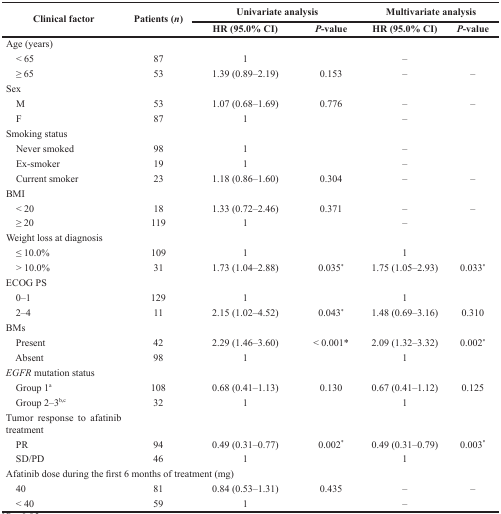
<table><thead><tr><td rowspan="2"><b>Clinical factor</b></td><td rowspan="2"><b>Patients (<i>n</i>)</b></td><td colspan="2"><b>Univariate analysis</b></td><td colspan="2"><b>Multivariate analysis</b></td></tr><tr><td><b>HR (95.0% CI)</b></td><td><b><i>P</i>-value</b></td><td><b>HR (95.0% CI)</b></td><td><b><i>P</i>-value</b></td></tr></thead><tbody><tr><td>Age (years)</td><td></td><td></td><td></td><td></td><td></td></tr><tr><td> &lt; 65</td><td>87</td><td>1</td><td></td><td>–</td><td></td></tr><tr><td> ≥ 65</td><td>53</td><td>1.39 (0.89–2.19)</td><td>0.153</td><td>–</td><td>–</td></tr><tr><td>Sex</td><td></td><td></td><td></td><td></td><td></td></tr><tr><td> M</td><td>53</td><td>1.07 (0.68–1.69)</td><td>0.776</td><td>–</td><td>–</td></tr><tr><td> F</td><td>87</td><td>1</td><td></td><td>–</td><td></td></tr><tr><td>Smoking status</td><td></td><td></td><td></td><td></td><td></td></tr><tr><td> Never smoked</td><td>98</td><td>1</td><td></td><td>–</td><td></td></tr><tr><td> Ex-smoker</td><td>19</td><td>1</td><td></td><td>–</td><td></td></tr><tr><td> Current smoker</td><td>23</td><td>1.18 (0.86–1.60)</td><td>0.304</td><td>–</td><td>–</td></tr><tr><td>BMI</td><td></td><td></td><td></td><td></td><td></td></tr><tr><td> &lt; 20</td><td>18</td><td>1.33 (0.72–2.46)</td><td>0.371</td><td>–</td><td>–</td></tr><tr><td> ≥ 20</td><td>119</td><td>1</td><td></td><td>–</td><td></td></tr><tr><td>Weight loss at diagnosis</td><td></td><td></td><td></td><td></td><td></td></tr><tr><td> ≤ 10.0%</td><td>109</td><td>1</td><td></td><td>1</td><td></td></tr><tr><td> &gt; 10.0%</td><td>31</td><td>1.73 (1.04–2.88)</td><td>0.035<sup>*</sup></td><td>1.75 (1.05–2.93)</td><td>0.033<sup>*</sup></td></tr><tr><td>ECOG PS</td><td></td><td></td><td></td><td></td><td></td></tr><tr><td> 0–1</td><td>129</td><td>1</td><td></td><td>1</td><td></td></tr><tr><td> 2–4</td><td>11</td><td>2.15 (1.02–4.52)</td><td>0.043<sup>*</sup></td><td>1.48 (0.69–3.16)</td><td>0.310</td></tr><tr><td>BMs</td><td></td><td></td><td></td><td></td><td></td></tr><tr><td> Present</td><td>42</td><td>2.29 (1.46–3.60)</td><td>&lt; 0.001<sup>*</sup></td><td>2.09 (1.32–3.32)</td><td>0.002<sup>*</sup></td></tr><tr><td> Absent</td><td>98</td><td>1</td><td></td><td>1</td><td></td></tr><tr><td><i>EGFR</i> mutation status</td><td></td><td></td><td></td><td></td><td></td></tr><tr><td> Group 1<sup>a</sup></td><td>108</td><td>0.68 (0.41–1.13)</td><td>0.130</td><td>0.67 (0.41–1.12)</td><td>0.125</td></tr><tr><td> Group 2–3<sup>b,c</sup></td><td>32</td><td>1</td><td></td><td>1</td><td></td></tr><tr><td>Tumor response to afatinib treatment</td><td></td><td></td><td></td><td></td><td></td></tr><tr><td> PR</td><td>94</td><td>0.49 (0.31–0.77)</td><td>0.002<sup>*</sup></td><td>0.49 (0.31–0.79)</td><td>0.003<sup>*</sup></td></tr><tr><td> SD/PD</td><td>46</td><td>1</td><td></td><td>1</td><td></td></tr><tr><td colspan="6">Afatinib dose during the first 6 months of treatment (mg)</td></tr><tr><td> 40</td><td>81</td><td>0.84 (0.53–1.31)</td><td>0.435</td><td>–</td><td>–</td></tr><tr><td> &lt; 40</td><td>59</td><td>1</td><td></td><td>–</td><td></td></tr></tbody></table>